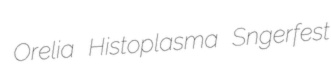
Orelia Histoplasma Sngerfest